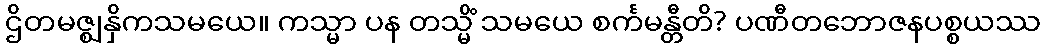
ဌိတမဇ္ဈနှိကသမယေ။ ကသ္မာ ပန တသ္မိံ သမယေ စင်္ကမန္တီတိ? ပဏီတဘောဇနပစ္စယဿ